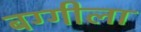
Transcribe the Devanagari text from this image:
बग्गीला